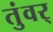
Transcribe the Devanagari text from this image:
तुंवर्